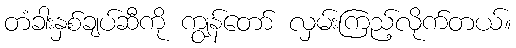
တံခါးနှစ်ချပ်ဆီကို ကျွန်တော် လှမ်းကြည့်လိုက်တယ်။